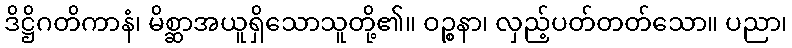
ဒိဋ္ဌိဂတိကာနံ၊ မိစ္ဆာအယူရှိသောသူတို့၏။ ဝဉ္စနာ၊ လှည့်ပတ်တတ်သော။ ပညာ၊